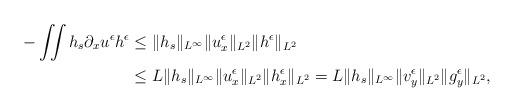
LaTeX: \begin{align*}\begin{aligned}-\iint h_s \partial_x u^\epsilon h^\epsilon &\leq \Vert h_{s} \Vert_{L^\infty}\Vert u^\epsilon_x \Vert_{L^2}\Vert h^\epsilon\Vert_{L^2}\\&\leq L \Vert h_{s} \Vert_{L^\infty}\Vert u^\epsilon_x \Vert_{L^2}\Vert h^\epsilon_x\Vert_{L^2}= L \Vert h_{s} \Vert_{L^\infty}\Vert v^\epsilon_y \Vert_{L^2}\Vert g^\epsilon_y\Vert_{L^2},\end{aligned}\end{align*}